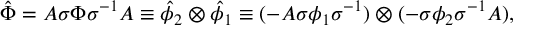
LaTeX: { \hat { \Phi } } = A \sigma { \Phi } { \sigma } ^ { - 1 } A \equiv { \hat { \phi } } _ { 2 } \otimes { \hat { \phi } } _ { 1 } \equiv ( - A \sigma { \phi } _ { 1 } { \sigma } ^ { - 1 } ) \otimes ( - \sigma { \phi } _ { 2 } { \sigma } ^ { - 1 } A ) ,